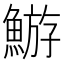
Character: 𩹊